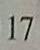
1 7